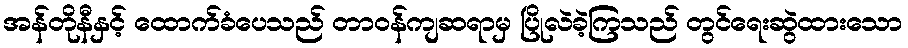
အန်တိုနီနှင့် ထောက်ခံပေသည် တာဝန်ကျဆရာမှ ပြိုလဲခဲ့ကြသည် တွင်ရေးဆွဲထားသော